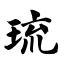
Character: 琉